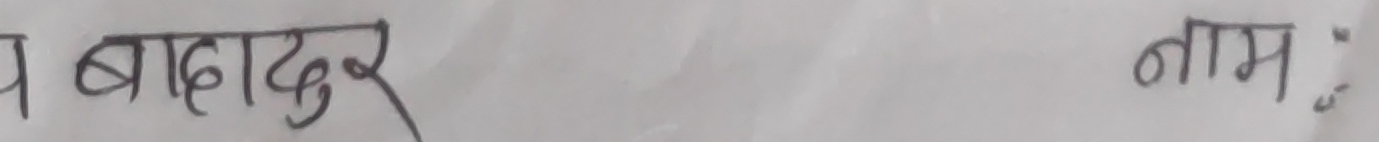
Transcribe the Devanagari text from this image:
प बहादुर नाम :